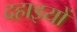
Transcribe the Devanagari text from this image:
दहाइयों